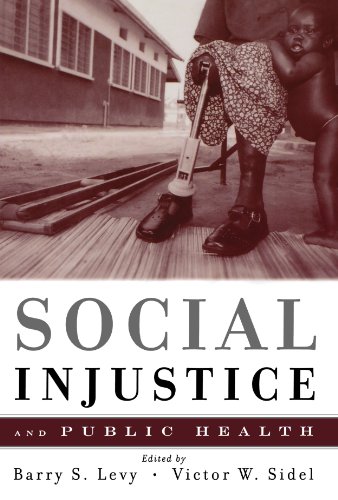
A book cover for Social Injustice and Public Health; Barry Levy; Medical Books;